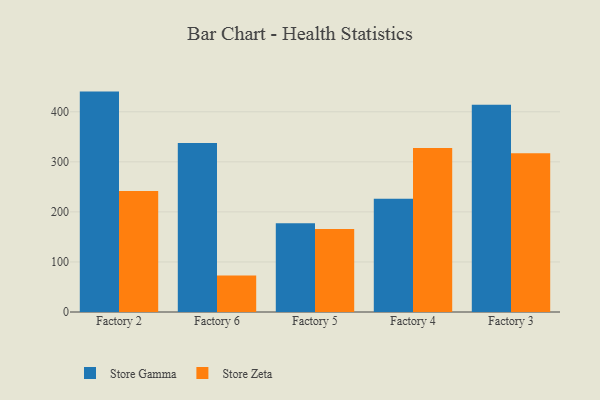
{"axis": {"x": "Factory", "y": "Operating Costs (USD K)"}, "legend": ["Store Gamma", "Store Zeta"], "data": [{"x": "Factory 2", "y": 440.3, "type": "Store Gamma"}, {"x": "Factory 2", "y": 241.6, "type": "Store Zeta"}, {"x": "Factory 6", "y": 337.8, "type": "Store Gamma"}, {"x": "Factory 6", "y": 73.0, "type": "Store Zeta"}, {"x": "Factory 5", "y": 177.2, "type": "Store Gamma"}, {"x": "Factory 5", "y": 165.8, "type": "Store Zeta"}, {"x": "Factory 4", "y": 226.1, "type": "Store Gamma"}, {"x": "Factory 4", "y": 327.4, "type": "Store Zeta"}, {"x": "Factory 3", "y": 414.0, "type": "Store Gamma"}, {"x": "Factory 3", "y": 316.9, "type": "Store Zeta"}]}